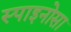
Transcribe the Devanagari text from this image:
स्पाइनोसा